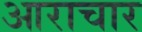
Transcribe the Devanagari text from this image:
आराचार